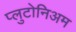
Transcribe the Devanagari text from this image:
प्लुटोनिअम